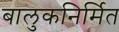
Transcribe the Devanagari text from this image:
बालुकनिर्मित